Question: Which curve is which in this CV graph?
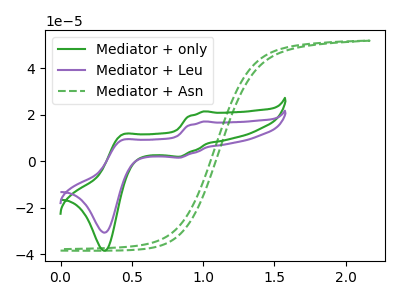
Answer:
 <answer>The green curve is labeled "Mediator + only". The purple curve is labeled "Mediator + Leu". The green dashed curve is labeled "Mediator + Asn".</answer>
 <eval></eval>